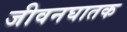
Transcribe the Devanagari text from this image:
जीवनघातक